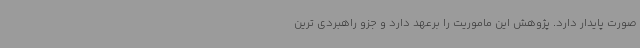
صورت پایدار دارد. پژوهش این ماموریت را برعهد دارد و جزو راهبردی ترین